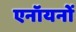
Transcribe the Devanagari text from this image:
एनॉयनों